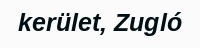
kerület, Zugló